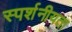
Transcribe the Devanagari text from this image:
स्पर्शनीयता